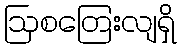
ဩစတြေးလျရှိ